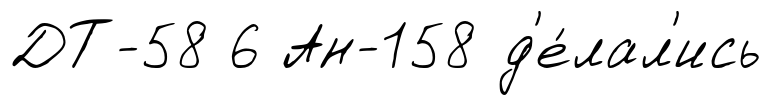
ДТ-58 6 Ан-158 д'е́лал'ись